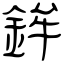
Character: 鉾